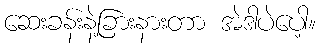
ဆေးခန်းနဲ့ခြားနားတာ အဲဒါပဲပေါ့။